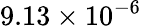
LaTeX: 9.13\times 10^{-6}